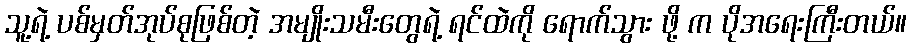
သူ့ရဲ့ ပစ်မှတ်အုပ်စုဖြစ်တဲ့ အမျိုးသမီးတွေရဲ့ ရင်ထဲကို ရောက်သွား ဖို့ က ပိုအရေးကြီးတယ်။